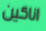
اناكين